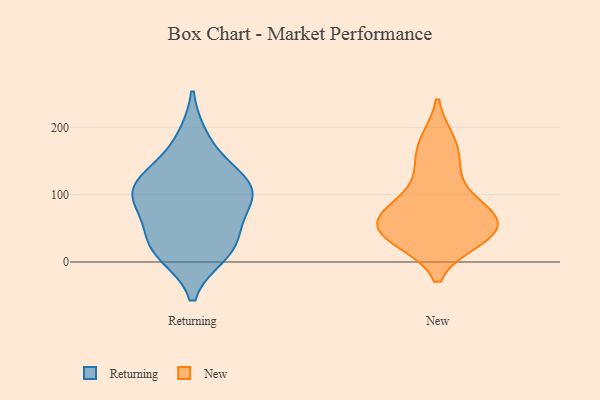
{"axis": {"x": "Churn Rate (%)", "y": "Value"}, "legend": ["New", "Returning"], "data": [{"x": "", "y": 23, "type": "Returning"}, {"x": "", "y": 128, "type": "Returning"}, {"x": "", "y": 129, "type": "Returning"}, {"x": "", "y": 106, "type": "Returning"}, {"x": "", "y": 183, "type": "Returning"}, {"x": "", "y": 13, "type": "Returning"}, {"x": "", "y": 22, "type": "Returning"}, {"x": "", "y": 87, "type": "Returning"}, {"x": "", "y": 96, "type": "Returning"}, {"x": "", "y": 48, "type": "Returning"}, {"x": "", "y": 100, "type": "Returning"}, {"x": "", "y": 47, "type": "New"}, {"x": "", "y": 38, "type": "New"}, {"x": "", "y": 33, "type": "New"}, {"x": "", "y": 70, "type": "New"}, {"x": "", "y": 78, "type": "New"}, {"x": "", "y": 138, "type": "New"}, {"x": "", "y": 74, "type": "New"}, {"x": "", "y": 70, "type": "New"}, {"x": "", "y": 179, "type": "New"}, {"x": "", "y": 84, "type": "New"}, {"x": "", "y": 33, "type": "New"}, {"x": "", "y": 40, "type": "New"}, {"x": "", "y": 50, "type": "New"}, {"x": "", "y": 136, "type": "New"}, {"x": "", "y": 178, "type": "New"}]}